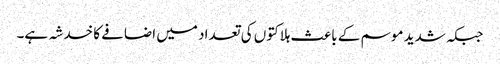
جبکہ شدید موسم کے باعث ہلاکتوں کی تعداد میں اضافے کا خدشہ ہے۔